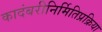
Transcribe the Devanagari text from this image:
कादंबरीनिर्मितिप्रक्रिया